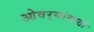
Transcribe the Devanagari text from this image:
ओवर्‍यांसाठी